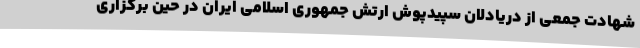
شهادت جمعی از دریادلان سپیدپوش ارتش جمهوری اسلامی ایران در حین برگزاری